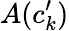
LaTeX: A(c_{k}^{\prime})